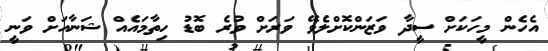
އެހެން މީހަކަށް ސީދާ ވަޒަންކޮށްލެވޭ ވަރަށް ވުރެ ބޮޑު ހިތާމައެއް ޝަނާއަށް ވަނީ